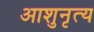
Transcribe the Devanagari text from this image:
आशुनृत्य